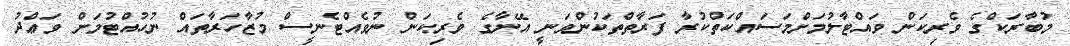
މުބާރަކްގެ ވެރިކަން ވައްޓާލުމަށްމަސައްކަތްކުރާ ފަރާތްތަކުންވަނީ އޭނާގެ ވެރިކަން ނުވެއްޓެނީސް މުޒާހަރާތައް ނުހުއްޓުމަށް ވަޢްދު